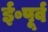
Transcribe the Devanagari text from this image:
ई॰पूर्व